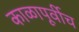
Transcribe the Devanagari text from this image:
काळापूर्वीच